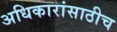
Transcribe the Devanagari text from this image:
अधिकारांसाठीच